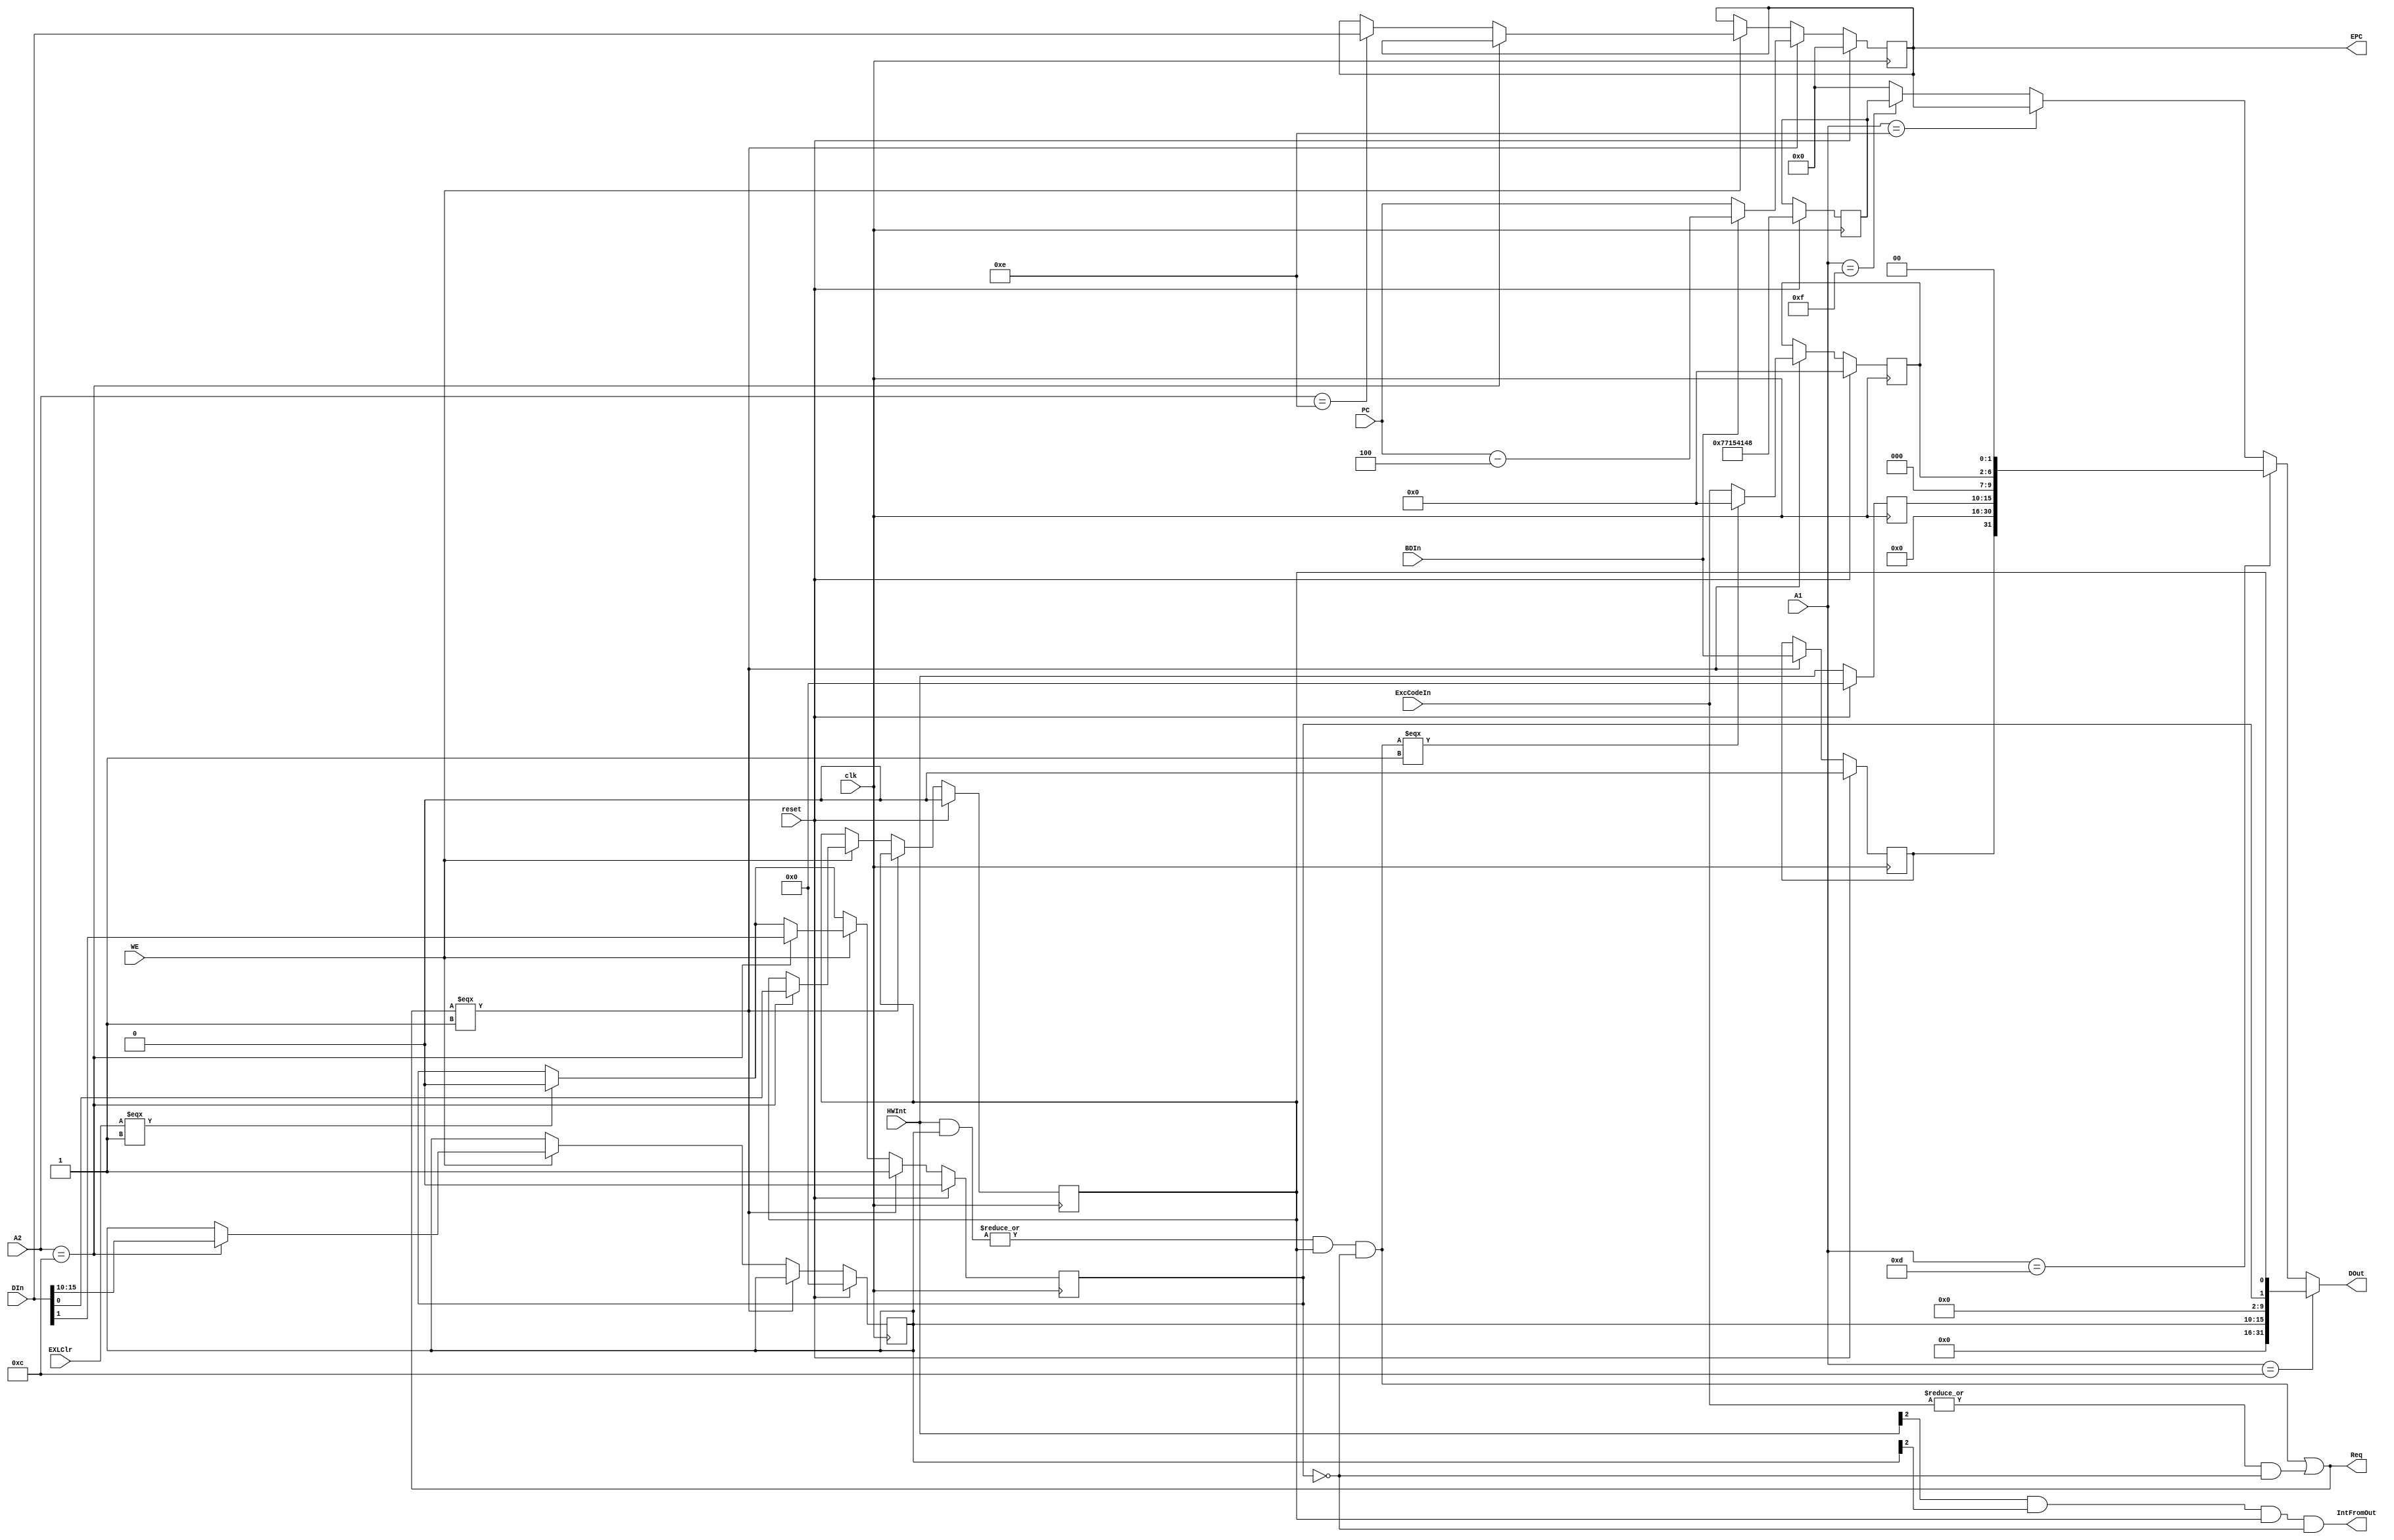
module CP0(
    input [4:0] A1,				//  CP0 Ĵ 		ִ mfc0 ָʱ
    input [4:0] A2,				// д CP0 Ĵ		ִ mtc0 ָʱ
    input [31:0] DIn,			// CP0 Ĵд 	ִ mtc0 ָʱ
    input [31:0] PC,				// ж/쳣ʱ PC
    input [4:0] ExcCodeIn,		// ж/쳣			쳣ܲ
    input [5:0] HWInt,			// 6 豸ж				ⲿ豸
	 input BDIn,
    input WE,						// CP0 Ĵдʹ			ִ mtc0 ָʱ
	 //input EXLSet,				//  1 						ˮ W 
	 input EXLClr,					//  0 SR  EXL λ		ִ eret ָʱ 	
    input clk,
    input reset,
    output Req,					// жCPU					
    output [31:0] EPC,			// EXC Ĵ NPC
    output [31:0] DOut,			// CP0 Ĵ		ִ mfc0 ָʱ GPR
    
	 output IntFromOut
	 );
	 
	 assign IntFromOut = HWInt[2] & IM[12] & IE & !EXL;
	 
	 // SR = {16'b0, IM, 8'b0, EXL, IE};
	 reg [15:10] IM;
	 reg EXL, IE;
	 
	 // Cause = {BD, 15'b0, HWInt_pend, 3'b0, ExcCode, 2'b0};
	 reg [15:10] HWInt_pend;
	 reg [6:2] ExcCode;
	 reg BD;
	
	 // EPC
	 reg [31:0] EPC_reg;
	 
	 // PRId
	 reg [31:0] PRId_reg;
	 
	 assign IntReq = (|(HWInt & IM)) & IE & !EXL; 	
	 // ȷ SR ĴӦλжΡǰжȫжʹжϺ
	 assign ExcReq = (|ExcCodeIn) & !EXL;				
	 // 쳣Ҳж
	 assign Req = IntReq | ExcReq;
	 
	 assign DOut = (A1 == 12)	?	{16'b0, IM, 8'b0, EXL, IE}:							
						(A1 == 13)	?	{BD, 15'b0, HWInt_pend, 3'b0, ExcCode, 2'b0}:	
						(A1 == 14)	?	EPC:												
						(A1 == 15)	?	PRId_reg:												
											32'd0;

	 assign EPC = EPC_reg;	
	 /*(Req === 1'b1)? (BDIn ? (PC[31:2] - 1): PC[31:2]):*/
											
											
	initial begin
		// SR
		IM <= 0;	
		EXL <= 0;	IE <= 0;
		// Cause
		HWInt_pend <= 0;	BD <= 0;
		ExcCode <= 0;
		// EPC
		EPC_reg <= 0;
		// PRId
		PRId_reg <= 32'h7715_4148;
	end
	 
	 always @(posedge clk) begin
		if(reset) begin
			// SR
			IM <= 0;	
			EXL <= 0;	IE <= 0;
			// Cause
			HWInt_pend <= 0;	BD <= 0;
			ExcCode <= 0;
			// EPC
			EPC_reg <= 0;
			// PRId
			PRId_reg <= 32'h7715_4148;
		end
		else begin
			HWInt_pend <= HWInt;
			if(EXLClr === 1'b1) EXL <= 1'b0;
			
			if(Req === 1'b1) begin
				ExcCode <= (IntReq === 1'b1)? 0: ExcCodeIn;
				EXL <= 1'b1;
				EPC_reg <= (Req === 1'b1)? (BDIn ? (PC - 4): PC):
													EPC_reg;
				BD <= BDIn;
			end
			else if(WE) begin
				if(A2 == 12) begin
					{IM, EXL, IE} <= {DIn[15:10], DIn[1], DIn[0]};
				end
				else if(A2 == 14) begin
					EPC_reg <= DIn; 
				end
			end
			
		end
	 end

endmodule